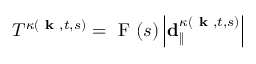
T ^ { \kappa ( \textbf { k } , t , s ) } = \mathrm { ~ F ~ } ( s ) \left| \mathbf { d } _ { \| } ^ { \kappa ( \textbf { k } , t , s ) } \right|